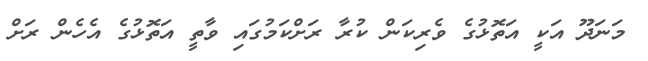
މަނަދޫ އަކީ އަތޮޅުގެ ވެރިކަން ކުރާ ރަށްކަމުގައި ވާތީ އަތޮޅުގެ އެހެން ރަށް